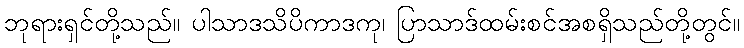
ဘုရားရှင်တို့သည်။ ပါသာဒသိပိကာဒကု၊ ပြာသာဒ်ထမ်းစင်အစရှိသည်တို့တွင်။